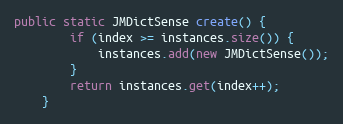
Language: Java
public static JMDictSense create() {
		if (index >= instances.size()) {
			instances.add(new JMDictSense());
		}
		return instances.get(index++);
	}